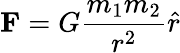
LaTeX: \mathbf{F}=G\frac{m_{1}m_{2}}{r^{2}}\hat{r}